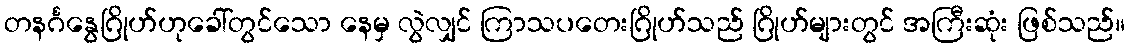
တနင်္ဂနွေဂြိုဟ်ဟုခေါ်တွင်သော နေမှ လွဲလျှင် ကြာသပတေးဂြိုဟ်သည် ဂြိုဟ်များတွင် အကြီးဆုံး ဖြစ်သည်။